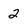
Character: 2